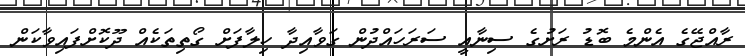
ރާއްޖޭގެ އެންމެ ބޮޑު ރަށުގެ ސިނާއީ ސަރަހައްދުން ގަވާއިދާ ހިލާފަށް ގޯތިތަކެއް ދޫކޮށްފައިވާކަން